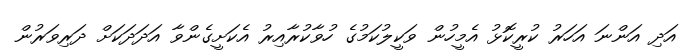
އަދި އަންނަ އަހަރު ކުރީކޮޅު އެމީހުން ވަކީލުކަމުގެ ހުވާކުރާއިރު އެކަށީގެންވާ އަދަދަކަށް ދަރިވަރުން